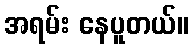
အရမ်း နေပူတယ်။